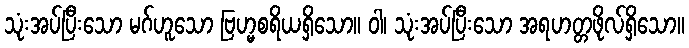
သုံးအပ်ပြီးသော မဂ်ဟူသော ဗြဟ္မစရိယရှိသော။ ဝါ၊ သုံးအပ်ပြီးသော အရဟတ္တဖိုလ်ရှိသော။